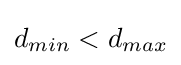
d_{min}<d_{max}